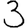
Digit: 3